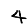
Digit: 4